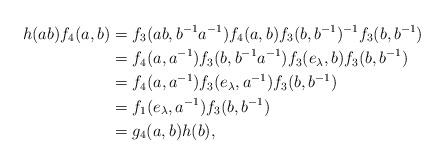
LaTeX: \begin{align*}h(ab)f_4(a,b)&=f_3(ab,b^{-1}a^{-1})f_4(a,b)f_3(b,b^{-1})^{-1}f_3(b,b^{-1})\\&=f_4(a,a^{-1})f_3(b,b^{-1}a^{-1})f_3(e_\lambda,b)f_3(b,b^{-1})\\&=f_4(a,a^{-1})f_3(e_\lambda,a^{-1})f_3(b,b^{-1})\\&=f_1(e_\lambda,a^{-1})f_3(b,b^{-1}) \\&=g_4(a,b)h(b),\end{align*}